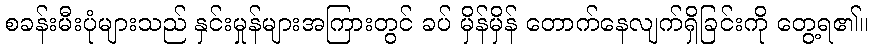
စခန်းမီးပုံများသည် နှင်းမှုန်များအကြားတွင် ခပ် မှိန်မှိန် တောက်နေလျက်ရှိခြင်းကို တွေ့ရ၏။